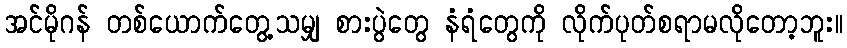
အင်မိုဂန် တစ်ယောက်တွေ့သမျှ စားပွဲတွေ နံရံတွေကို လိုက်ပုတ်စရာမလိုတော့ဘူး။